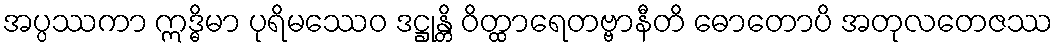
အပ္ပဿကာ ဣဒ္ဓိမာ ပုရိမဿေဝ ဒဋ္ဌုန္တိ ဝိတ္ထာရေတဗ္ဗာနီတိ ဓောတောပိ အတုလတေဇဿ